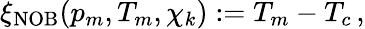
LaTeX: \xi_{\mathrm{NOB}}(p_{m},T_{m},\chi_{k}):=T_{m}-T_{c}\, ,